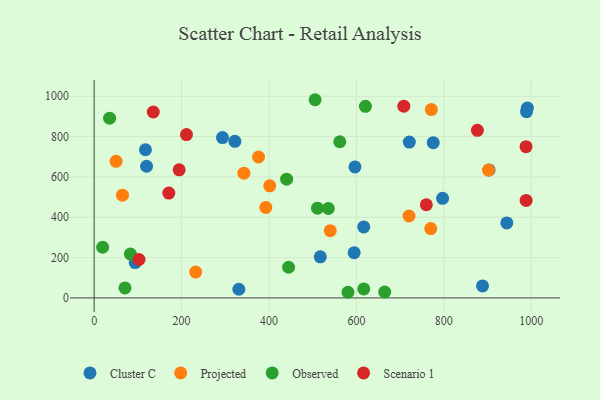
{"axis": {"x": "Study Hours", "y": "Demand"}, "legend": ["Cluster C", "Observed", "Projected", "Scenario 1"], "data": [{"x": "596.7", "y": 649.4, "type": "Cluster C"}, {"x": "721.1", "y": 772.8, "type": "Cluster C"}, {"x": "517.4", "y": 203.7, "type": "Cluster C"}, {"x": "775.8", "y": 769.7, "type": "Cluster C"}, {"x": "117.4", "y": 734.7, "type": "Cluster C"}, {"x": "331.1", "y": 42.9, "type": "Cluster C"}, {"x": "991.2", "y": 941.4, "type": "Cluster C"}, {"x": "293.7", "y": 795.0, "type": "Cluster C"}, {"x": "797.2", "y": 493.7, "type": "Cluster C"}, {"x": "93.9", "y": 175.0, "type": "Cluster C"}, {"x": "989.2", "y": 923.5, "type": "Cluster C"}, {"x": "903.6", "y": 634.5, "type": "Cluster C"}, {"x": "322.0", "y": 776.4, "type": "Cluster C"}, {"x": "119.9", "y": 652.9, "type": "Cluster C"}, {"x": "616.8", "y": 352.0, "type": "Cluster C"}, {"x": "944.2", "y": 371.7, "type": "Cluster C"}, {"x": "888.6", "y": 59.4, "type": "Cluster C"}, {"x": "594.9", "y": 224.2, "type": "Cluster C"}, {"x": "771.5", "y": 934.0, "type": "Projected"}, {"x": "540.2", "y": 333.4, "type": "Projected"}, {"x": "64.8", "y": 509.3, "type": "Projected"}, {"x": "342.6", "y": 618.6, "type": "Projected"}, {"x": "902.2", "y": 633.7, "type": "Projected"}, {"x": "50.2", "y": 677.3, "type": "Projected"}, {"x": "376.1", "y": 698.7, "type": "Projected"}, {"x": "401.8", "y": 556.0, "type": "Projected"}, {"x": "232.4", "y": 127.9, "type": "Projected"}, {"x": "770.1", "y": 343.6, "type": "Projected"}, {"x": "720.4", "y": 406.1, "type": "Projected"}, {"x": "392.7", "y": 448.7, "type": "Projected"}, {"x": "535.8", "y": 443.4, "type": "Observed"}, {"x": "580.7", "y": 27.9, "type": "Observed"}, {"x": "616.9", "y": 44.7, "type": "Observed"}, {"x": "664.8", "y": 29.3, "type": "Observed"}, {"x": "562.0", "y": 774.4, "type": "Observed"}, {"x": "620.7", "y": 950.1, "type": "Observed"}, {"x": "444.8", "y": 152.0, "type": "Observed"}, {"x": "35.4", "y": 891.1, "type": "Observed"}, {"x": "19.4", "y": 251.1, "type": "Observed"}, {"x": "70.5", "y": 49.4, "type": "Observed"}, {"x": "82.9", "y": 217.7, "type": "Observed"}, {"x": "440.4", "y": 588.8, "type": "Observed"}, {"x": "511.0", "y": 445.2, "type": "Observed"}, {"x": "505.5", "y": 982.8, "type": "Observed"}, {"x": "760.0", "y": 462.0, "type": "Scenario 1"}, {"x": "194.5", "y": 635.0, "type": "Scenario 1"}, {"x": "211.2", "y": 810.0, "type": "Scenario 1"}, {"x": "988.3", "y": 483.4, "type": "Scenario 1"}, {"x": "876.9", "y": 830.9, "type": "Scenario 1"}, {"x": "708.5", "y": 950.9, "type": "Scenario 1"}, {"x": "988.1", "y": 750.1, "type": "Scenario 1"}, {"x": "102.7", "y": 190.4, "type": "Scenario 1"}, {"x": "170.8", "y": 520.1, "type": "Scenario 1"}, {"x": "135.3", "y": 921.9, "type": "Scenario 1"}]}